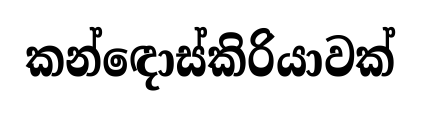
කන්ඳොස්කිරියාවක්